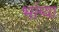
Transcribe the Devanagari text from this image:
भांग्या